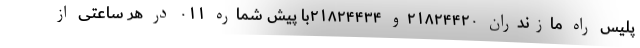
پلیس راه مازندران ۲۱۸۲۴۴۲۰و ۲۱۸۲۴۴۳۴با پیش شماره ۰۱۱ در هر ساعتی از